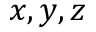
x , y , z